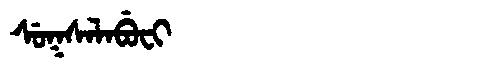
Manchu: ᠰᡠᡴᠰᠠᠯᠠᠪᡠᠸᡳ
Romanization: SUKSALABUFI